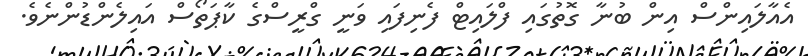
އެއާލައިންސް އިން ބުނާ ގޮތުގައި ފްލައިޓް ފެނިފައި ވަނީ ގްރީސްގެ ކާޕަތޯސް އައިލެންޑުންނެވެ.